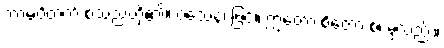
ကာမဝိတက် စသည်တို့၏။ ဝသေန၊ ဖြင့်။ ဣတော စိတော စ၊ မှလည်း။